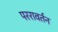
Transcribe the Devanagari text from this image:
पररावर्तन